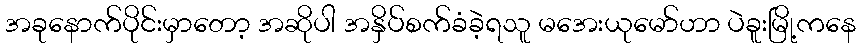
အခုနောက်ပိုင်းမှာတော့ အဆိုပါ အနှိပ်စက်ခံခဲ့ရသူ မအေးယုမော်ဟာ ပဲခူးမြို့ကနေ